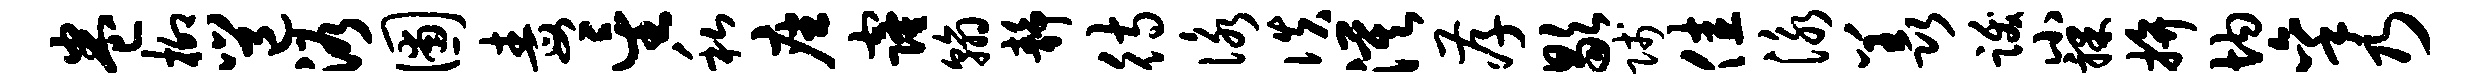
卷柳邕浴圃毒星私座窿翰静待咏佚漠孝歇贱佳泳羡跋小裸拚均秉乃